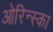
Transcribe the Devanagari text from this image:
ओरिन्स्का